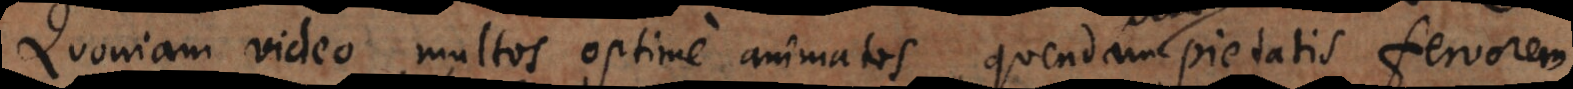
Quoniam video multos optime animatos, quendam pietatis fervorem